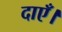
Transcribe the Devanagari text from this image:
दाएँ।